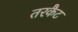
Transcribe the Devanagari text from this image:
तरकैट